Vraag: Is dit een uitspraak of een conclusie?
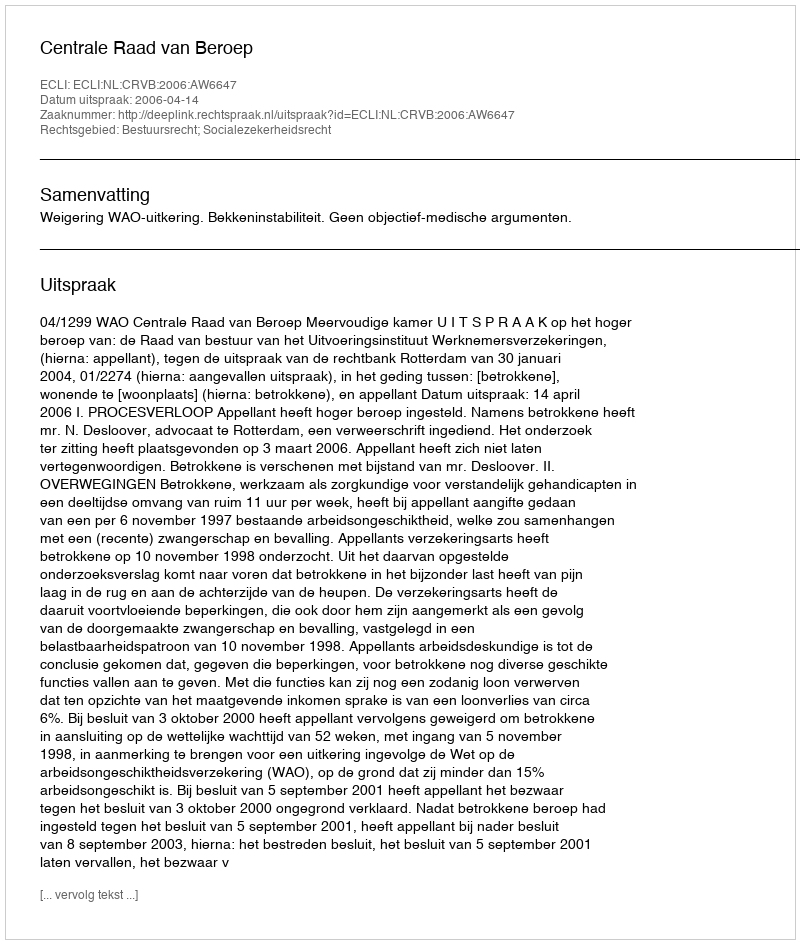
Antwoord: Uitspraak